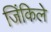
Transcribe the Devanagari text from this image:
जिंकिले